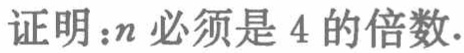
证明：\(n\)必须是 \(4\) 的倍数.